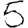
Digit: 5